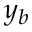
y _ { b }